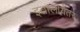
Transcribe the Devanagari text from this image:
इतालीयेतर